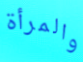
والمرأة